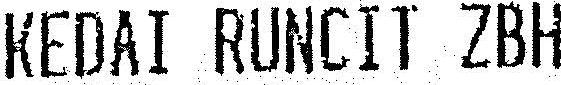
KEDAI RUNCIT ZBH